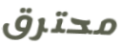
محترق